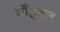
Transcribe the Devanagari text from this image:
बाँहूबल